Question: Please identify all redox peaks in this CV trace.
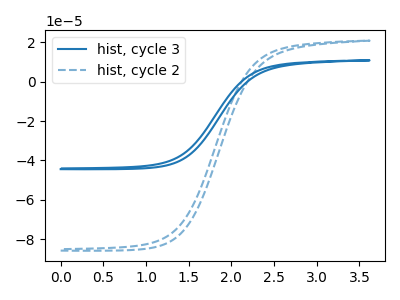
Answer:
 <answer>The blue curve "hist, cycle 3" has no peaks. The blue dashed curve "hist, cycle 2" has no peaks.</answer>
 <eval></eval>